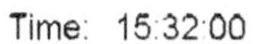
TIME: 15:32:00